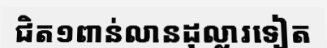
ជិត១ពាន់លានដុល្លារទៀត